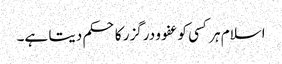
اسلام ہر کسی کو عفو و درگزر کا حکم دیتا ہے۔